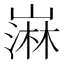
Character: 𫶒